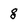
Character: g